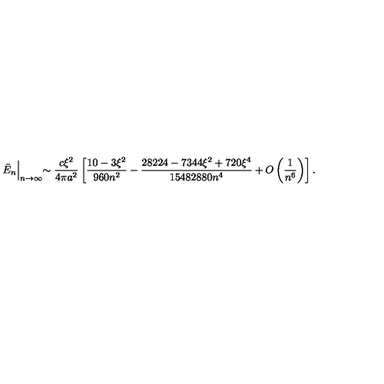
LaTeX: \bar { E } _ { n } \Bigl | _ { n \to \infty } \sim \frac { c \xi ^ { 2 } } { 4 \pi a ^ { 2 } } \left[ \frac { 1 0 - 3 \xi ^ { 2 } } { 9 6 0 n ^ { 2 } } - \frac { 2 8 2 2 4 - 7 3 4 4 \xi ^ { 2 } + 7 2 0 \xi ^ { 4 } } { 1 5 4 8 2 8 8 0 n ^ { 4 } } + O \left( \frac { 1 } { n ^ { 6 } } \right) \right] { . }